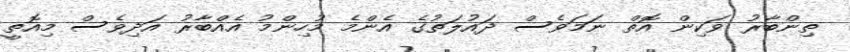
ތިންބާރު ވަކިން އޮތް ނަމަވެސް ދައުލަތުގެ އެންމެ މުހިންމު އެއްބާރު އަދިވެސް މިއޮތީ